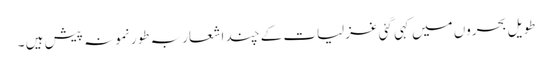
طویل بحروں میں کہی گئی غزلیات کے چند اشعار بہ طور نمونہ پیش ہیں ۔